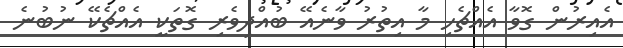
އެއިރުން ގޮވާ އެއްޗެހި މާ އިތުރު ވާނެއޭ ބުއްދިވެރި ގޮތަކީ އެއްޗެކޭ ނުބުނެ